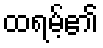
ထရမ့်၏